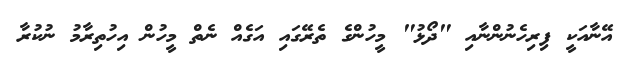
އޭނާއަކީ ފިރިހެނުންނާއި "ދޯޅު" މީހުންގެ ތެރޭގައި އަގެއް ނެތް މީހުން އިހުތިރާމު ނުކުރާ